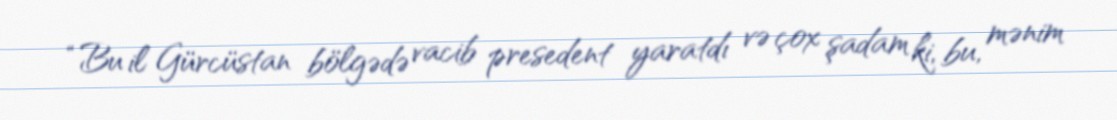
“Bu il Gürcüstan bölgədə vacib presedent yaratdı və çox şadam ki, bu, mənim